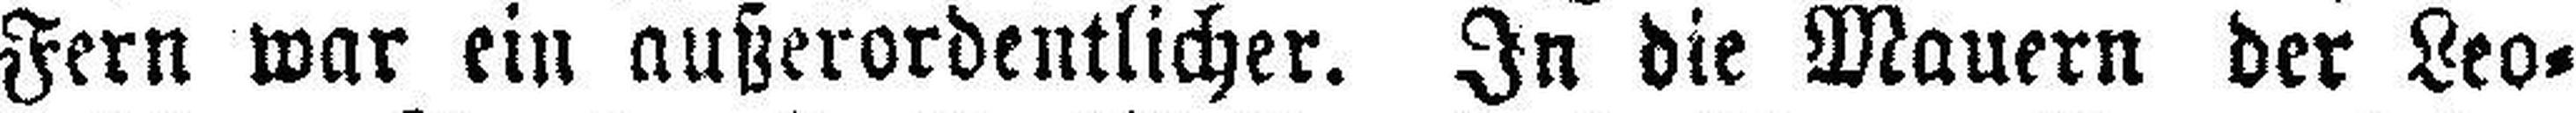
Fern war ein außerordentlicher. In die Mauern der Leo¬